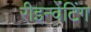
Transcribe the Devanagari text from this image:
रीइन्वेंटिंग